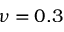
\nu = 0 . 3